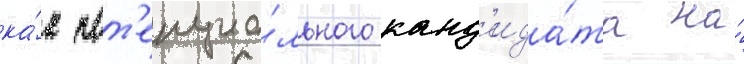
ка́к пот'енциа́льного канд'ида́та на́